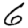
Digit: 6